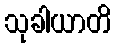
သုခါယာတိ